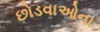
છોડવાઓના